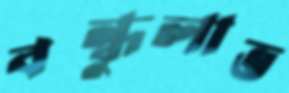
বন্ধুলাভ